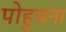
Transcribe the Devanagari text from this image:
पोहुचना